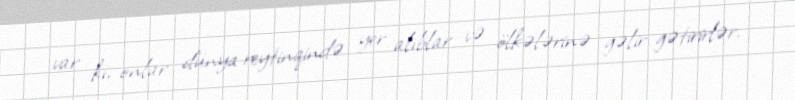
var ki, onlar dünya reytinqində yer alıblar və ölkələrinə gəlir gətirirlər.